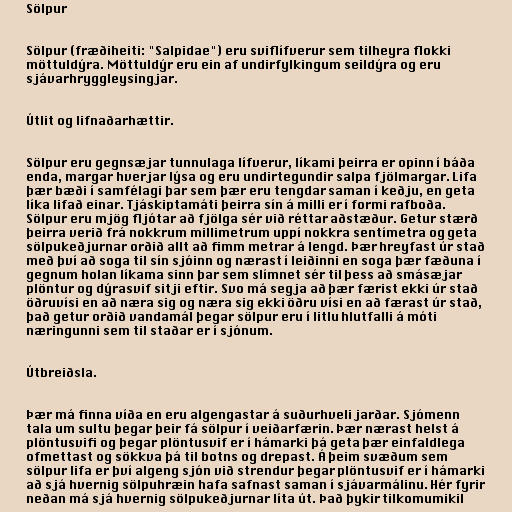
Sölpur

Sölpur (fræðiheiti: "Salpidae") eru sviflífverur sem tilheyra flokki
möttuldýra. Möttuldýr eru ein af undirfylkingum seildýra og eru
sjávarhryggleysingjar.

Útlit og lifnaðarhættir.

Sölpur eru gegnsæjar tunnulaga lífverur, líkami þeirra er opinn í báða
enda, margar hverjar lýsa og eru undirtegundir salpa fjölmargar. Lifa
þær bæði í samfélagi þar sem þær eru tengdar saman í keðju, en geta
líka lifað einar. Tjáskiptamáti þeirra sín á milli er í formi rafboða.
Sölpur eru mjög fljótar að fjölga sér við réttar aðstæður. Getur stærð
þeirra verið frá nokkrum millimetrum uppí nokkra sentímetra og geta
sölpukeðjurnar orðið allt að fimm metrar á lengd. Þær hreyfast úr stað
með því að soga til sín sjóinn og nærast í leiðinni en soga þær fæðuna í
gegnum holan líkama sinn þar sem slímnet sér til þess að smásæjar
plöntur og dýrasvif sitji eftir. Svo má segja að þær færist ekki úr stað
öðruvísi en að næra sig og næra sig ekki öðru vísi en að færast úr stað,
það getur orðið vandamál þegar sölpur eru í litlu hlutfalli á móti
næringunni sem til staðar er í sjónum.

Útbreiðsla.

Þær má finna víða en eru algengastar á suðurhveli jarðar. Sjómenn
tala um sultu þegar þeir fá sölpur í veiðarfærin. Þær nærast helst á
plöntusvifi og þegar plöntusvif er í hámarki þá geta þær einfaldlega
ofmettast og sökkva þá til botns og drepast. Á þeim svæðum sem
sölpur lifa er því algeng sjón við strendur þegar plöntusvif er í hámarki
að sjá hvernig sölpuhræin hafa safnast saman í sjávarmálinu. Hér fyrir
neðan má sjá hvernig sölpukeðjurnar líta út. Það þykir tilkomumikil